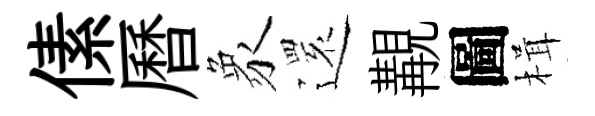
傃曆象𮟃覯圖楫